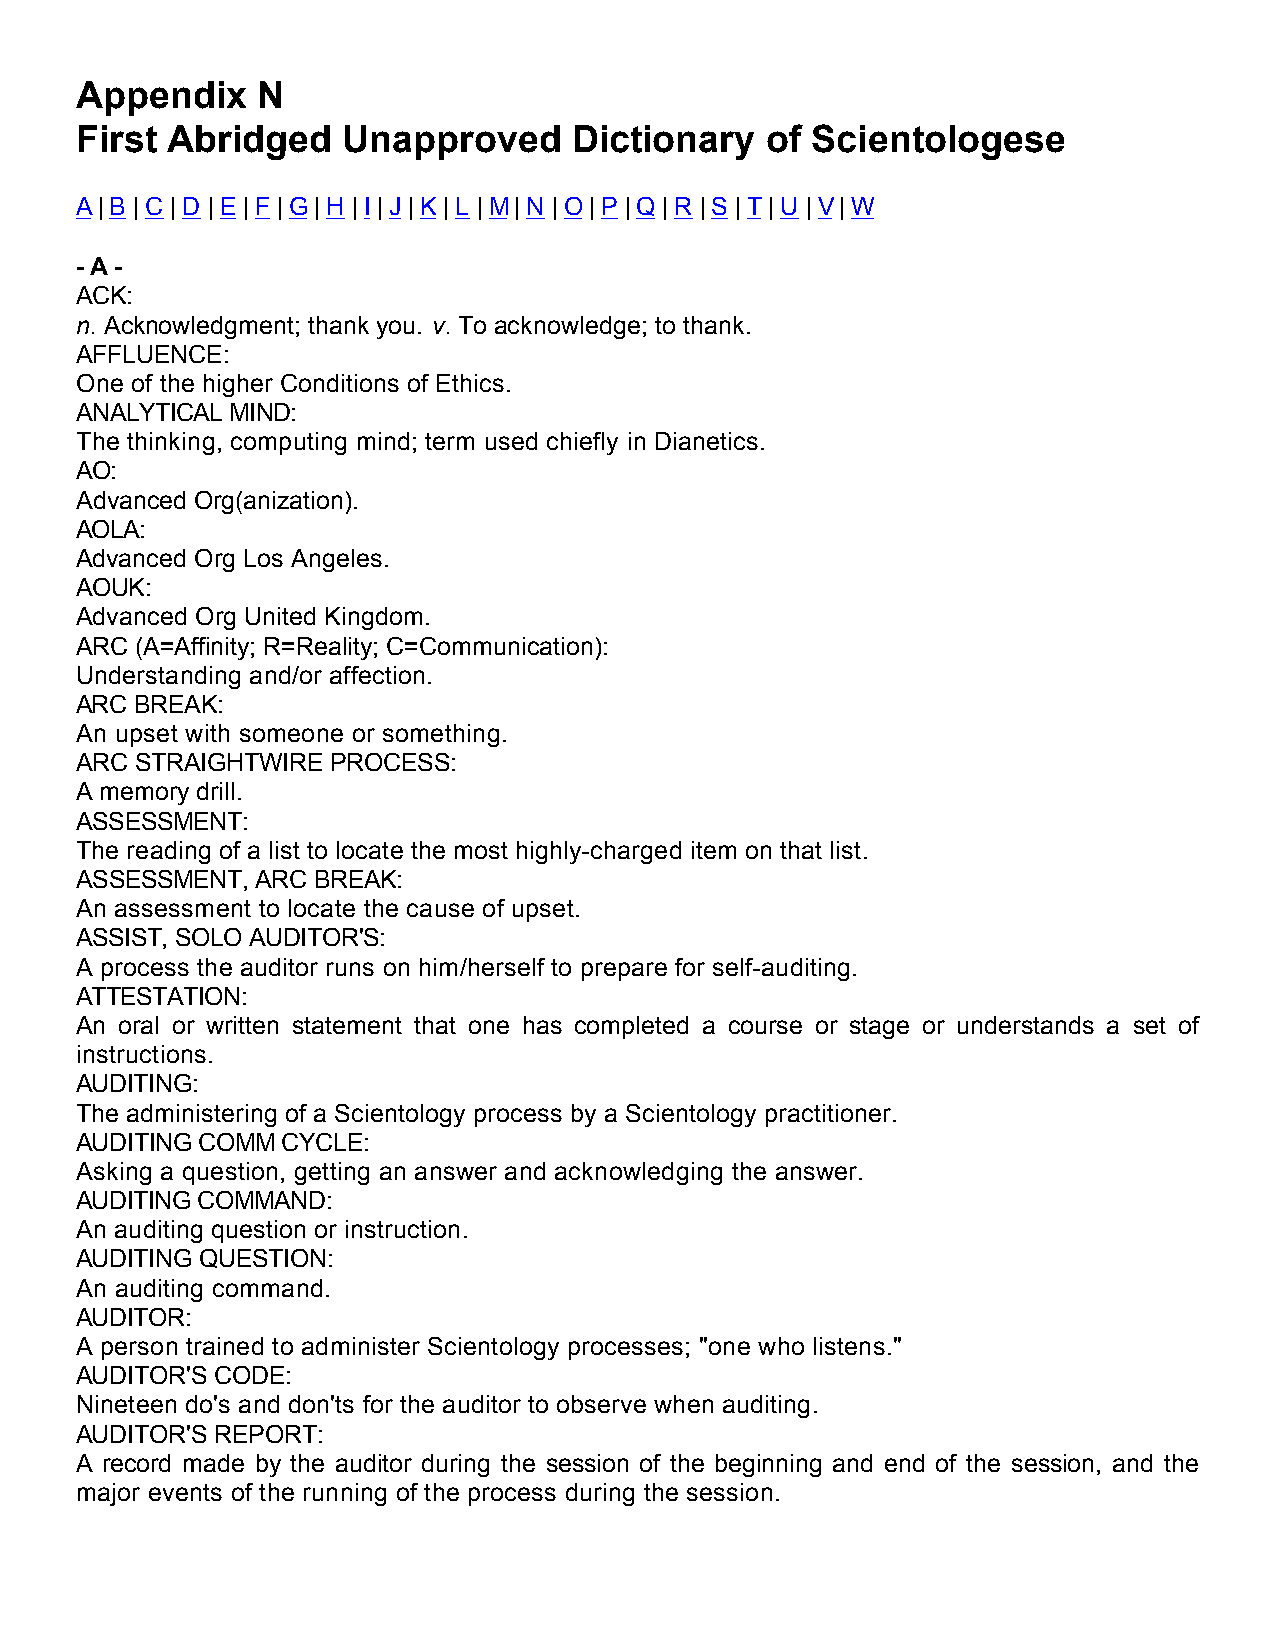
Appendix    N
 First Abridged    Unapproved     Dictionary   of Scientologese
 A | B | C | D | E | F | G | H | I | J | K | L | M | N | O | P | Q | R | S | T | U | V | W
 - A -
 ACK:
 n. Acknowledgment; thank you. v. To acknowledge; to thank.
 AFFLUENCE:
 One of the higher Conditions of Ethics.
 ANALYTICAL MIND:
 The thinking, computing mind; term used chiefly in Dianetics.
 AO:
 Advanced Org(anization).
 AOLA:
 Advanced Org Los Angeles.
 AOUK:
 Advanced Org United Kingdom.
 ARC (A=Affinity; R=Reality; C=Communication):
 Understanding and/or affection.
 ARC BREAK:
 An upset with someone or something.
 ARC STRAIGHTWIRE PROCESS:
 A memory drill.
 ASSESSMENT:
 The reading of a list to locate the most highly-charged item on that list.
 ASSESSMENT, ARC BREAK:
 An assessment to locate the cause of upset.
 ASSIST, SOLO AUDITOR'S:
 A process the auditor runs on him/herself to prepare for self-auditing.
 ATTESTATION:
 An oral or written statement that one has completed a course or stage or understands a set of
 instructions.
 AUDITING:
 The administering of a Scientology process by a Scientology practitioner.
 AUDITING COMM CYCLE:
 Asking a question, getting an answer and acknowledging the answer.
 AUDITING COMMAND:
 An auditing question or instruction.
 AUDITING QUESTION:
 An auditing command.
 AUDITOR:
 A person trained to administer Scientology processes; "one who listens."
 AUDITOR'S CODE:
 Nineteen do's and don'ts for the auditor to observe when auditing.
 AUDITOR'S REPORT:
 A record made by the auditor during the session of the beginning and end of the session, and the
 major events of the running of the process during the session.